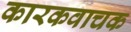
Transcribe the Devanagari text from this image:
कारकवाचक